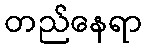
တည်နေရာ